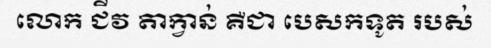
លោក ជីវ តាក្វាន់ គឺជា បេសកទូត របស់